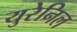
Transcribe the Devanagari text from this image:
युरेनिल